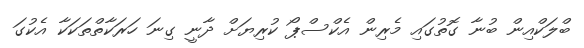
ބްލަކްއިން ބުނާ ގޮތުގައި މެރިން އެކްސްޕޯ ކުރިޔަށް ދާނީ ގިނަ ހަރަކާތްތަކަކާ އެކުގަ